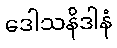
ဒေါသနိဒါနံ